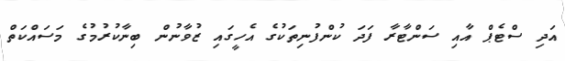
އަދި ސްޓެޕް އާއި ސަންޓާރާ ފަދަ ކުންފުނިތަކުގެ އެހީގައި ޒުވާނުން ބިނާކުރުމުގެ މަސައްކަތް